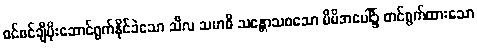
စင်စင်ချီပိုးဆောင်ရွက်နိုင်ခဲသော သီလ သမာဓိ သန္တောသစသော မိမိအပေါ်၌ တင်ရွက်ထားသော